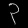
Digit: ၃